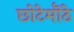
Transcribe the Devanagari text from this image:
छोटेमॊठे